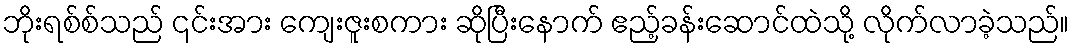
ဘိုးရစ်စ်သည် ၎င်းအား ကျေးဇူးစကား ဆိုပြီးနောက် ဧည့်ခန်းဆောင်ထဲသို့ လိုက်လာခဲ့သည်။